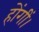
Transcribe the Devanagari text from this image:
होंगीं।